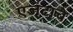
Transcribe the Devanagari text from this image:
एजंटाचे